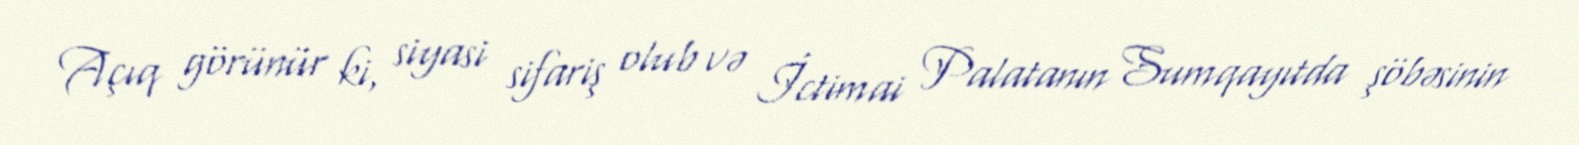
Açıq görünür ki, siyasi sifariş olub və İctimai Palatanın Sumqayıtda şöbəsinin